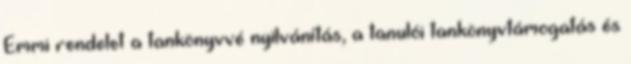
Emmi rendelet a tankönyvvé nyilvánítás, a tanulói tankönyvtámogatás és